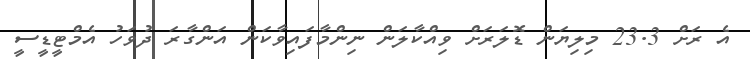
އެ ރަށް 23.3 މިލިޔަން ޑޮލަރަށް ވިއްކާލަން ނިންމާފައިވާކަން އަންގާރަ ދުވަހު އެމްޓީޑީސީ